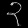
Digit: ၃